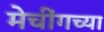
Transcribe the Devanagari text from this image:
मेचींगच्या